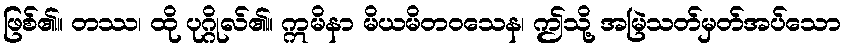
ဖြစ်၏။ တဿ၊ ထို ပုဂ္ဂိုလ်၏။ ဣမိနာ မိယမိတဝသေန၊ ဤသို့ အမြဲသတ်မှတ်အပ်သော